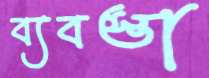
ব্যবস্তা